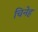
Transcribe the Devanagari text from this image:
चिनेह